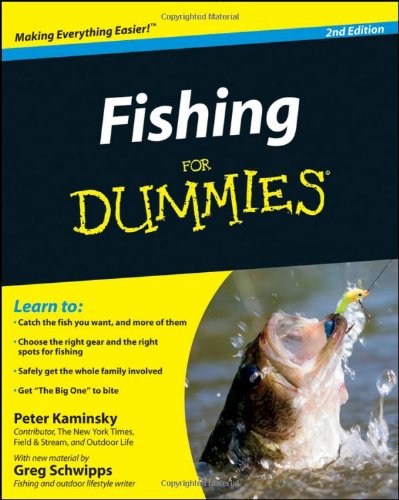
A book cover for Fishing for Dummies; Peter Kaminsky; Sports & Outdoors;